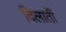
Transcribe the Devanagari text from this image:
दिलातीं